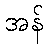
အန်